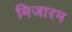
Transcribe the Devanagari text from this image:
मिजारम